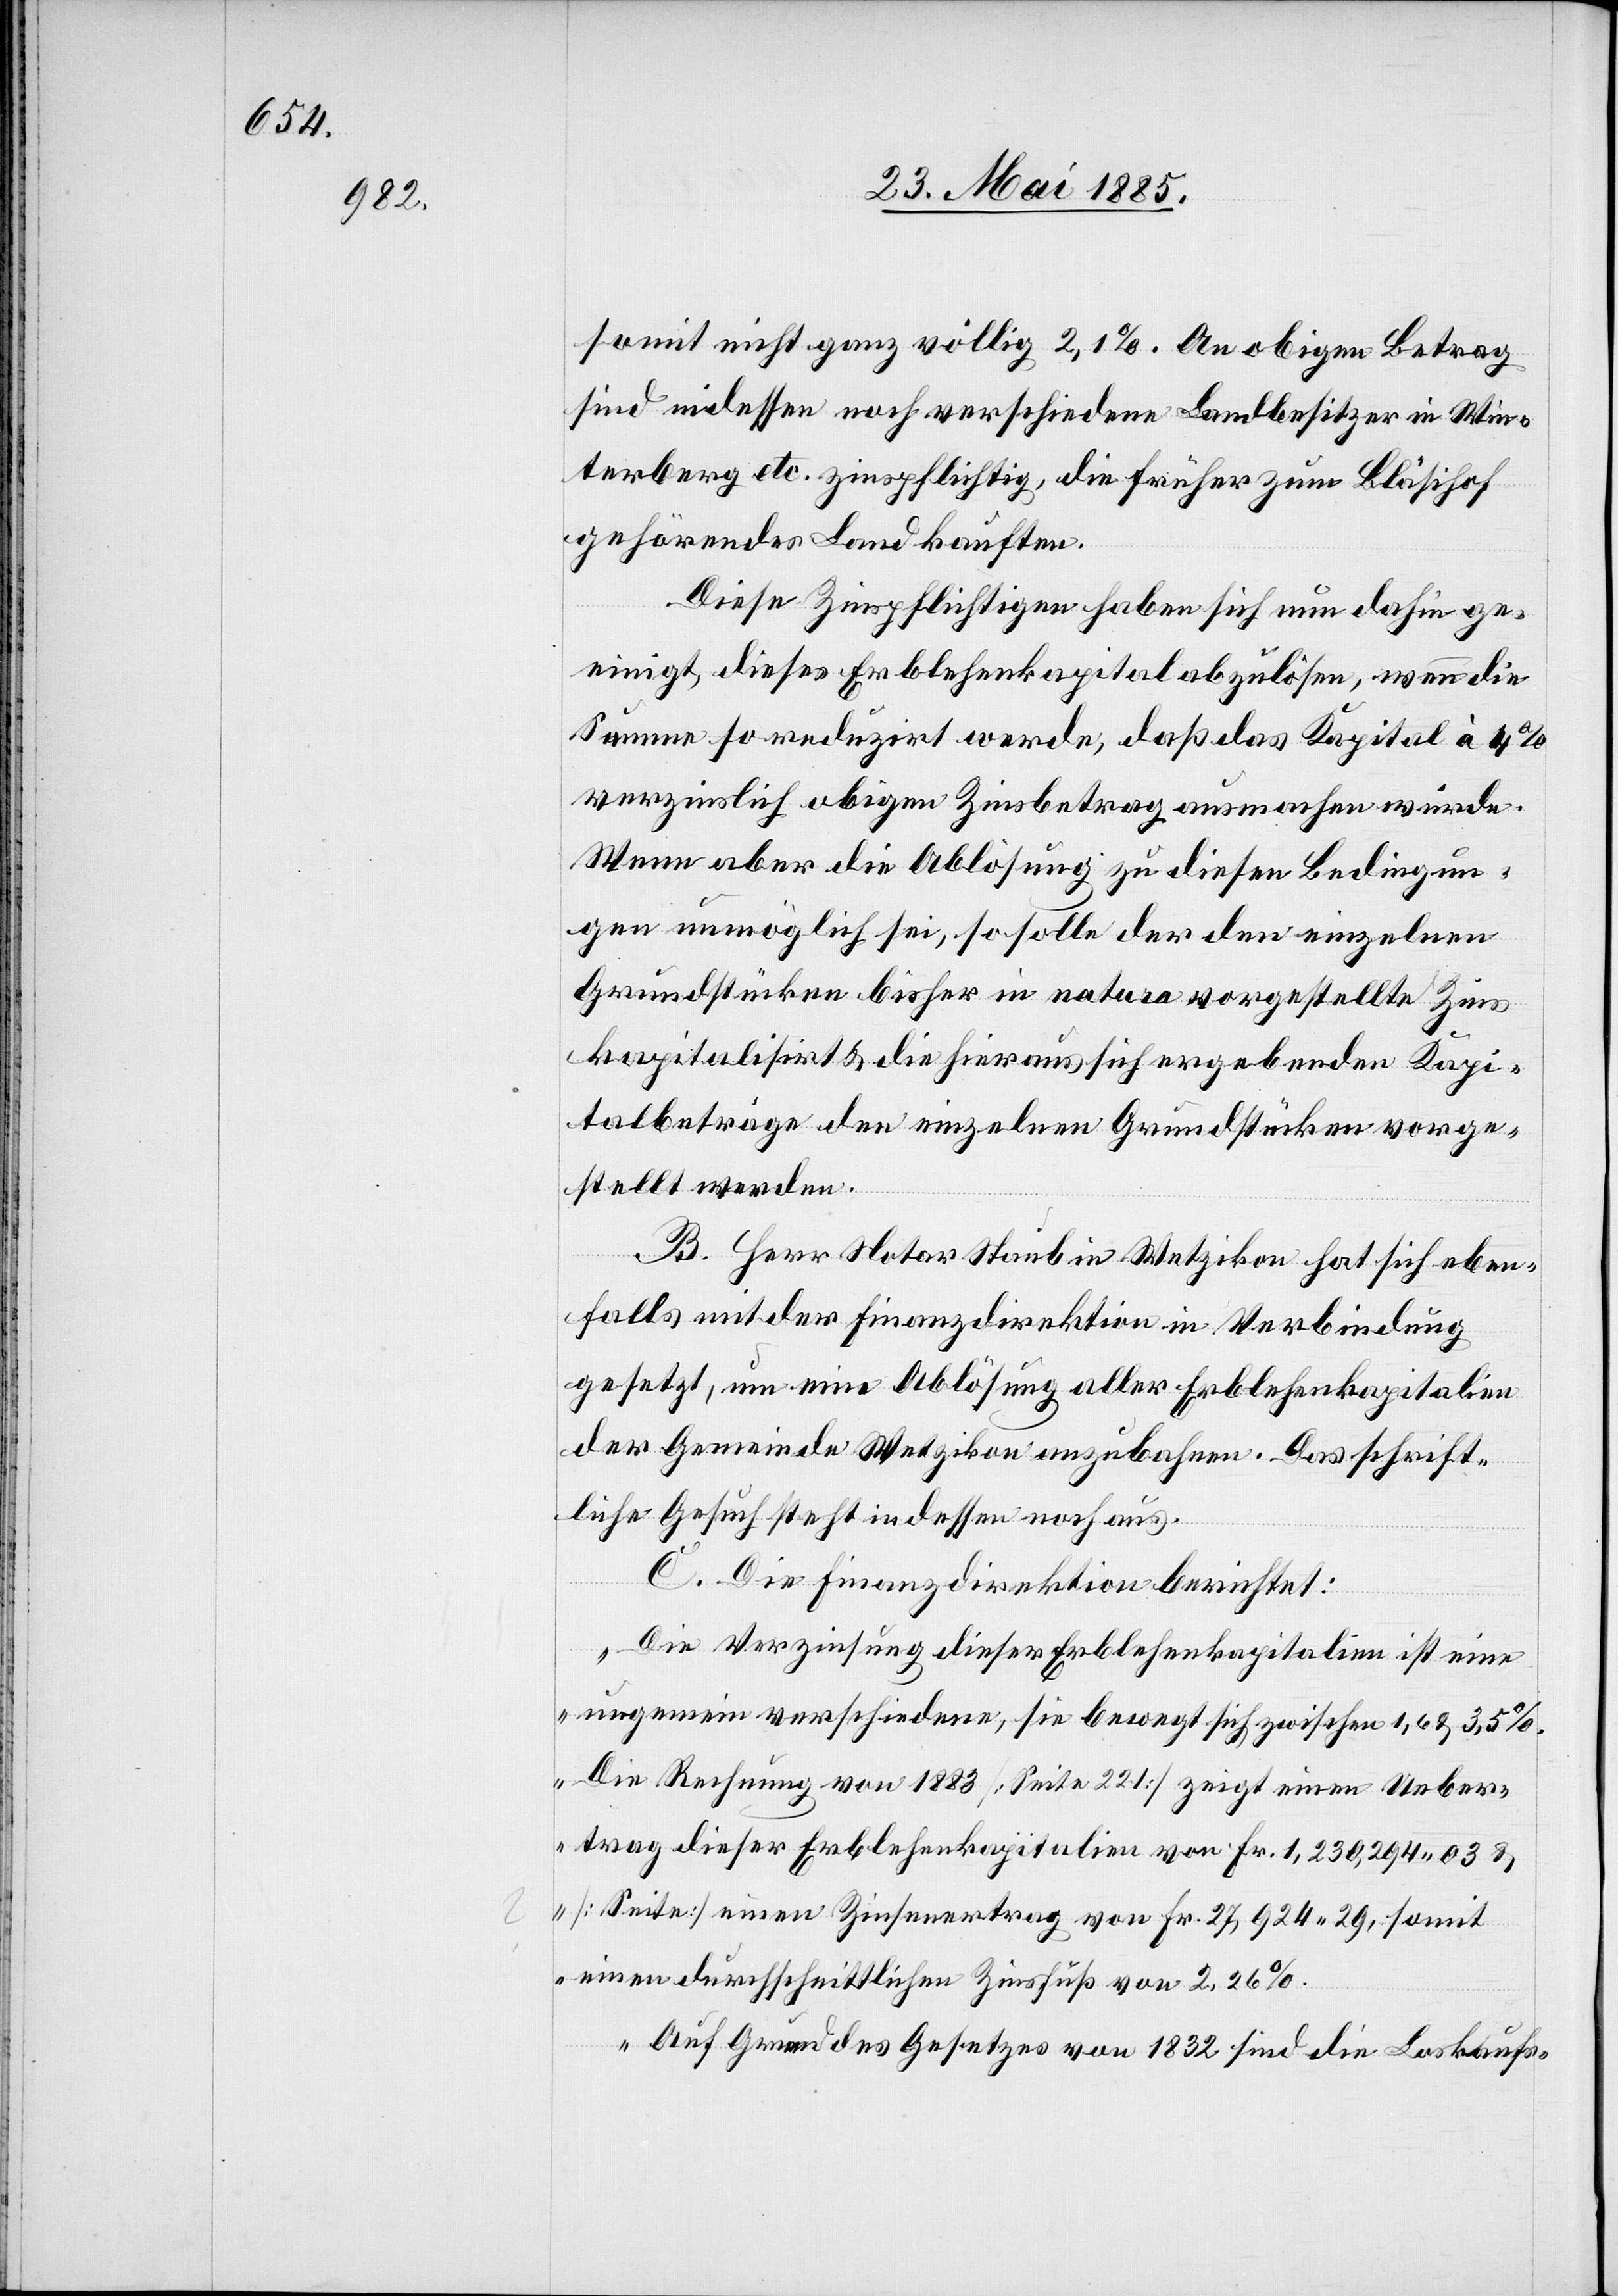
somit nicht ganz völlig 2,1%. An obigen Betrag
sind indessen noch verschiedene Landbesitzer in Win¬
terberg etc. zinspflichtig, die früher zum Bläsihof
gehörendes Land kauften.
Diese Zinspflichtigen haben sich nun dahin ge¬
einigt, dieses Erblehenkapital abzulösen, wenn die
Summe so reduzirt werde, daß das Kapital à 4%
verzinslich obigen Zinsbetrag ausmachen würde.
Wenn aber die Ablösung zu diesen Bedingun¬
gen unmöglich sei, so solle der den einzelnen
Grundstücken bisher in natura vorgestellte Zins
kapitalisirt & die hieraus sich ergebenden Kapi¬
talbeträge den einzelnen Grundstücken vorge¬
stellt werden.
B. Herr Notar Staub in Wetzikon hat sich eben¬
falls mit der Finanzdirektion in Verbindung
gesetzt, um eine Ablösung aller Erblehenkapitalien
der Gemeinde Wetzikon anzubahnen. Das schrift¬
liche Gesuch steht indessen noch aus.
C. Die Finanzdirektion berichtet:
„Die Verzinsung dieser Erblehenkapitalien ist eine
ungemein verschiedene, sie bewegt sich zwischen 1,6 & 3,5%.
Die Rechnung von 1883 [Seite 221] zeigt einen Ueber¬
trag dieser Erblehenkapitalien von Fr. 1,230,294 03 &
[Seite …] einen Zinsertrag von Fr. 27,924 19, somit
einen durchschnittlichen Zinsfuß von 2,26%.
Auf Grund des Gesetzes von 1832 sind die Loskaufs-